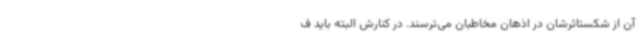
آن از شکستاثرشان در اذهان مخاطبان می‌ترسند. در کنارش البته باید ف